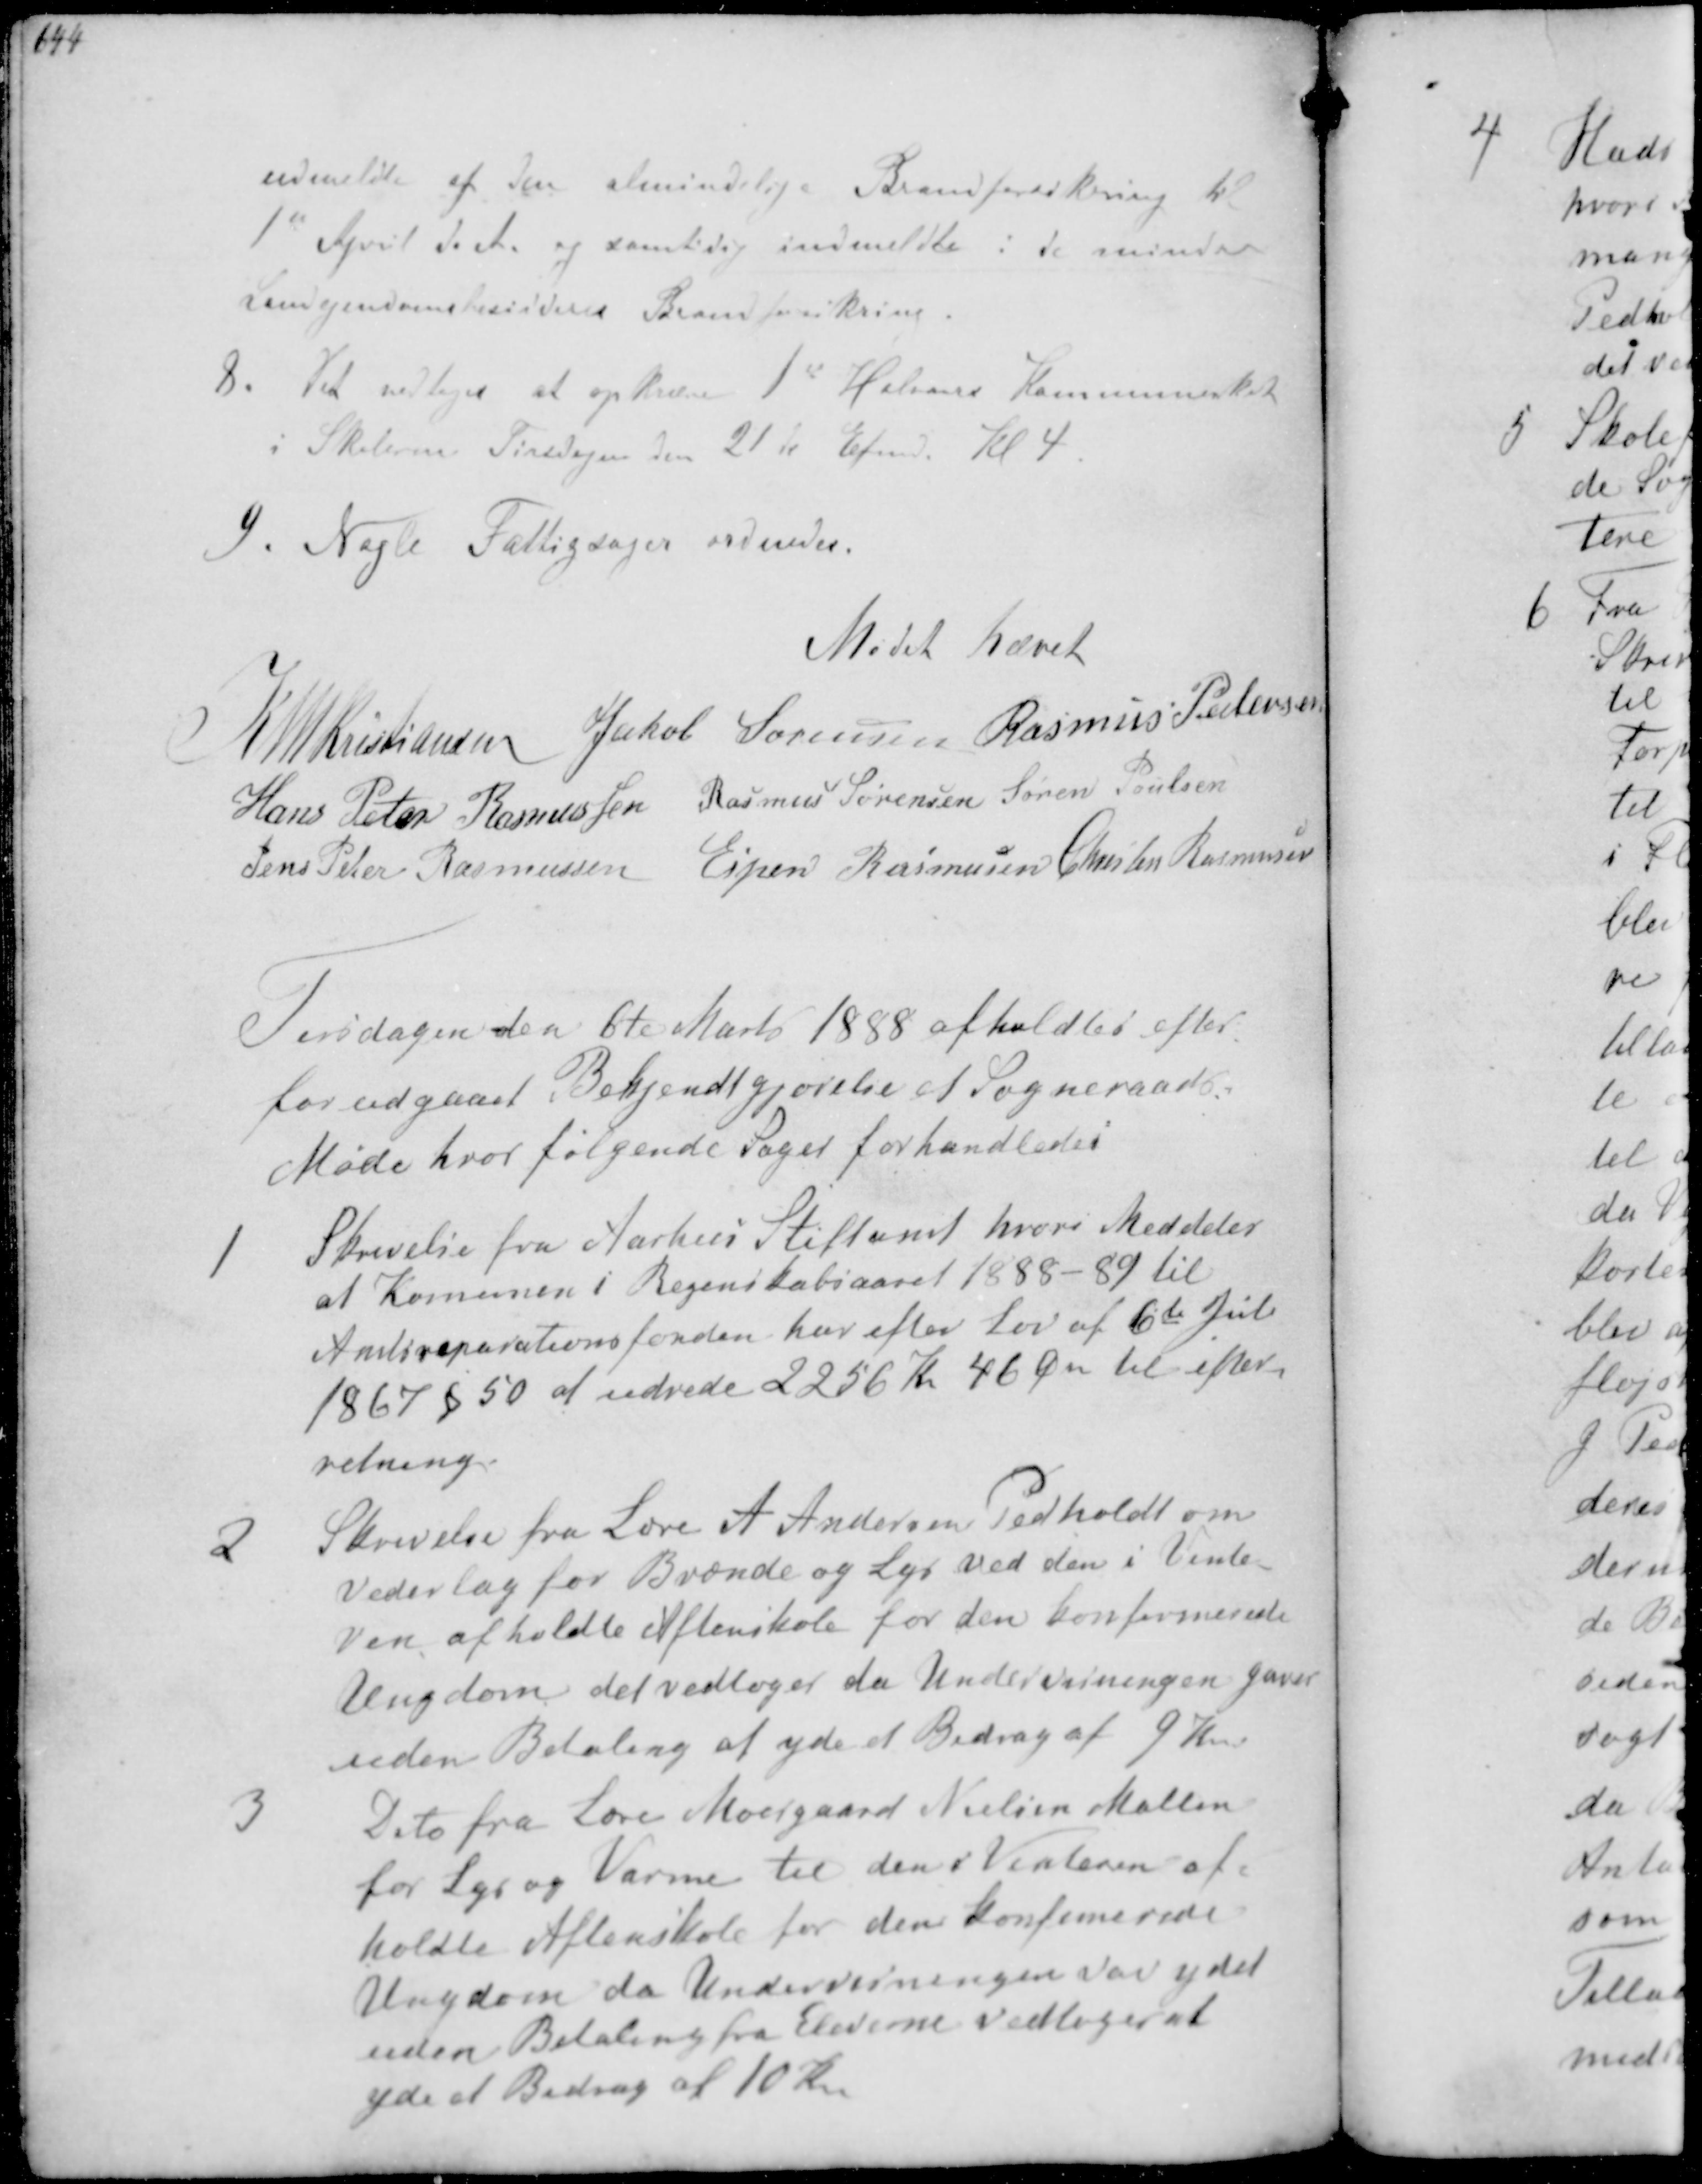
Transskription:
udmeldte af den almindelige Brandforsikring til
1st April d. A. og samtidig indmelde i de mindre
Landejendomsbesidderes Brandforsikring
8. Det vedtoges at opkræve 1 Halvaars Kommuneskat
i Skolerne Tirsdagen den 21de Efmd. Kl 4

9. Nogle Fattigsager ordnedes.

Mødet hævet

K N M Kristiansen Jakob Sørensen Rasmus Pedersen
Hans Peter Rasmussen Rasmus Sørensen Søren Poulsen
Jens Peter Rasmussen Espen Rasmussen Christen Rasmussen

Tirsdagen den 6te Marts 1888 afholdtes efter
forudgaaet Bekendtgjørelse et Sogneraads
Møde hvor følgende sager forhandledes
1. Skrivelse fra Aarhus Stiftamt hvori meddeles
at Komunen i Regnskabsaaret 1888-89 til
Amtsreparationsfonden har efter Lov af 6te Juli
1867 § 50 at udrede 2256 kr 46 Øre til efter-
retning
2. Skrivelse fra Lærer A Andersens Pedholdt om
Vederlag for Brænde og Lys ved den i Vinte-
ren afholdte Aftenskole for den konfirmerede
Ungdom det vedtoges da Undervisningen gaves
uden Betaling at yde et Bidrag af 9 Kr.
3. Dito fra Lærer Moesgaard Nielsen Malling
for Lys og Varme til den i Vinteren af-
holdte Aftenskole for den konfimerede
Ungdom da Undervisningen var ydet
uden Betaling fra Eleverne vedtoges at
yde et Bidrag af 10 Kr